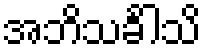
အဘိသင်္ခါသိ